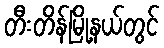
တီးတိန်မြို့နယ်တွင်